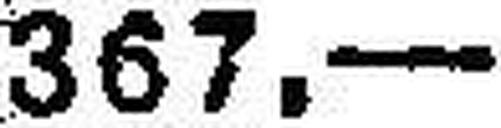
367.—